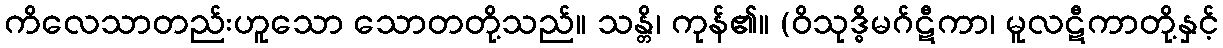
ကိလေသာတည်းဟူသော သောတတို့သည်။ သန္တိ၊ ကုန်၏။ (ဝိသုဒ္ဓိမဂ်ဋီကာ၊ မူလဋီကာတို့နှင့်